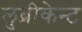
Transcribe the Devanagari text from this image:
लुब्रीकेन्ट